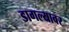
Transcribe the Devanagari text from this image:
डागल्यावर